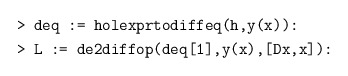
\begin{align*} &\texttt{> deq := holexprtodiffeq(h,y(x)):} \\ &\texttt{> L := de2diffop(deq[1],y(x),[Dx,x]):}\end{align*}